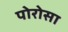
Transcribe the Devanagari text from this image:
पोरोसा